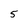
Character: 5